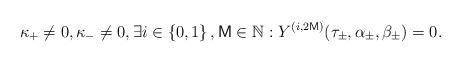
LaTeX: \begin{align*}\kappa _{+}\neq 0,\kappa _{-}\neq 0,\exists i\in \left\{0,1\right\} ,\mathsf{M}\in \mathbb{N}:Y^{(i,2\mathsf{M})}(\tau _{\pm },\alpha _{\pm},\beta _{\pm })=0.\end{align*}